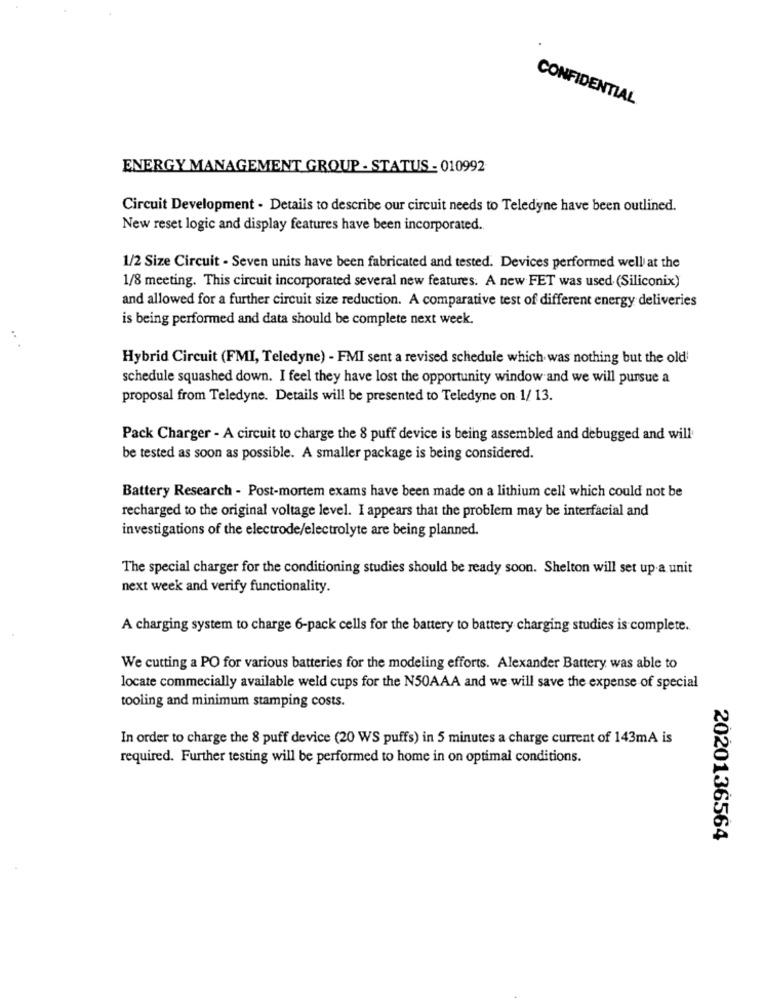
CONFIDENTIAL
ENERGY MANAGEMENT GROUP . STATUS - 010992
Circuit Development - Details to describe our circuit needs to Teledyne have been outlined.
New reset logic and display features have been incorporated.
1/2 Size Circuit - Seven units have been fabricated and tested. Devices performed well at the
1/8 meeting. This circuit incorporated several new features. A new FET was used (Siliconix)
and allowed for a further circuit size reduction. A comparative test of different energy deliveries
is being performed and data should be complete next week.
Hybrid Circuit (FMI, Teledyne) - FMI sent a revised schedule which was nothing but the old
schedule squashed down. I feel they have lost the opportunity window and we will pursue a
proposal from Teledyne. Details will be presented to Teledyne on 1/ 13.
Pack Charger - A circuit to charge the 8 puff device is being assembled and debugged and will
be tested as soon as possible. A smaller package is being considered.
Battery Research - Post-mortem exams have been made on a lithium cell which could not be
recharged to the original voltage level. I appears that the problem may be interfacial and
investigations of the electrode/electrolyte are being planned.
The special charger for the conditioning studies should be ready soon. Shelton will set up a unit
next week and verify functionality.
A charging system to charge 6-pack cells for the battery to battery charging studies is complete.
We cutting a PO for various batteries for the modeling efforts. Alexander Battery was able to
locate commecially available weld cups for the N50AAA and we will save the expense of special
tooling and minimum stamping costs.
In order to charge the 8 puff device (20 WS puffs) in 5 minutes a charge current of 143mA is
required. Further testing will be performed to home in on optimal conditions.
2020136564